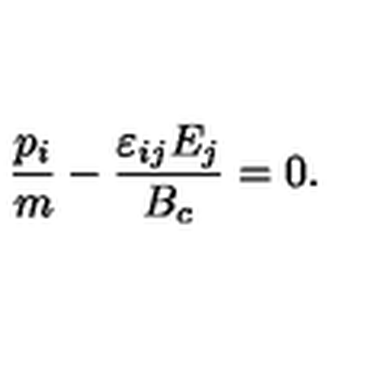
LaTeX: \frac { p _ { i } } { m } - \frac { \varepsilon _ { i j } E _ { j } } { B _ { c } } = 0 .